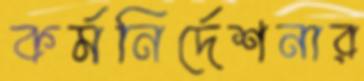
কর্মনির্দেশনার